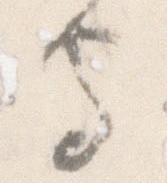
守